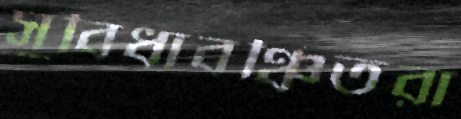
সুবিধাবঞ্চিতরা